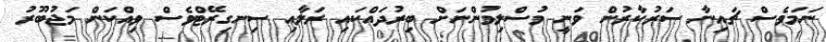
ނަމަވެސް ޗައިނާ ސަރުކާރުން ވަނީ މުސްލިމުންނަށް ބިރުދައްކައި ރަލާއި ސިނގިރޭޓްވެސް ވިއްކަން މަޖުބޫރު